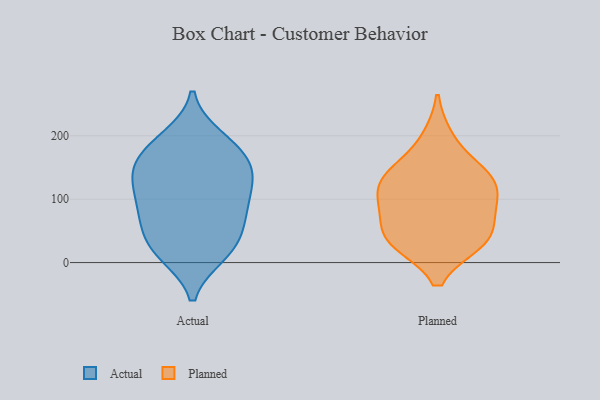
{"axis": {"x": "Churn Rate (%)", "y": "Value"}, "legend": ["Actual", "Planned"], "data": [{"x": "", "y": 68, "type": "Actual"}, {"x": "", "y": 165, "type": "Actual"}, {"x": "", "y": 133, "type": "Actual"}, {"x": "", "y": 124, "type": "Actual"}, {"x": "", "y": 127, "type": "Actual"}, {"x": "", "y": 72, "type": "Actual"}, {"x": "", "y": 157, "type": "Actual"}, {"x": "", "y": 13, "type": "Actual"}, {"x": "", "y": 142, "type": "Actual"}, {"x": "", "y": 191, "type": "Actual"}, {"x": "", "y": 99, "type": "Actual"}, {"x": "", "y": 90, "type": "Actual"}, {"x": "", "y": 31, "type": "Actual"}, {"x": "", "y": 62, "type": "Actual"}, {"x": "", "y": 197, "type": "Actual"}, {"x": "", "y": 24, "type": "Actual"}, {"x": "", "y": 13, "type": "Actual"}, {"x": "", "y": 175, "type": "Actual"}, {"x": "", "y": 37, "type": "Planned"}, {"x": "", "y": 88, "type": "Planned"}, {"x": "", "y": 132, "type": "Planned"}, {"x": "", "y": 81, "type": "Planned"}, {"x": "", "y": 123, "type": "Planned"}, {"x": "", "y": 141, "type": "Planned"}, {"x": "", "y": 196, "type": "Planned"}, {"x": "", "y": 33, "type": "Planned"}, {"x": "", "y": 39, "type": "Planned"}, {"x": "", "y": 96, "type": "Planned"}, {"x": "", "y": 139, "type": "Planned"}, {"x": "", "y": 32, "type": "Planned"}]}